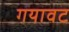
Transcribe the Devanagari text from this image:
गयावट